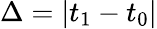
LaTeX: \Delta=|t_{1}-t_{0}|